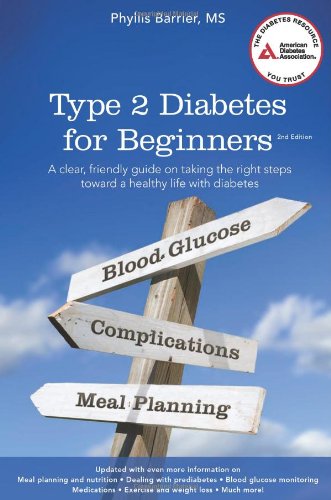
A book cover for Type 2 Diabetes for Beginners; Phyllis Barrier; Health, Fitness & Dieting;